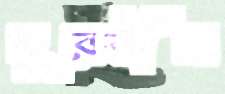
দূরবীন